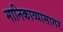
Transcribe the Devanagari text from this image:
मानिकाव्यासागर